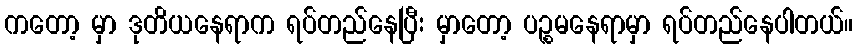
ကတော့ မှာ ဒုတိယနေရာက ရပ်တည်နေပြီး မှာတော့ ပဉ္စမနေရာမှာ ရပ်တည်နေပါတယ်။